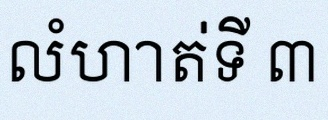
លំហាត់ទី ៣